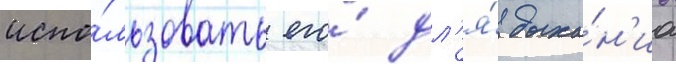
испо́льзовать его́ дл'я́ дыха́н'иа